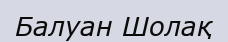
Балуан Шолақ